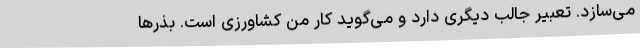
می‌سازد. تعبیر جالب دیگری دارد و می‌گوید کار من کشاورزی است. بذرها